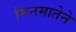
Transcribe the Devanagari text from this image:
मिनमातेने